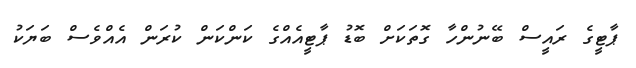
ޕާޓީގެ ރައީސް ބޭނުންހާ ގޮތަކަށް ބޮޑު ޕާޓީއެއްގެ ކަންކަން ކުރަން އެއްވެސް ބަޔަކު